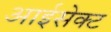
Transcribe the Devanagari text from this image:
आईसेक्ट